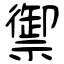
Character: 禦